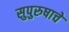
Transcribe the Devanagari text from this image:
सुपुरुषाचे